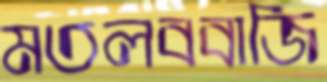
মতলববাজি